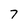
Character: 7